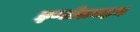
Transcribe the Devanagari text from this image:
इण्डोक्राइन